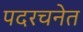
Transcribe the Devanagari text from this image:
पदरचनेत